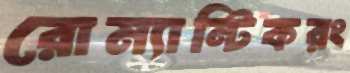
রোম্যান্টিকরং